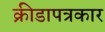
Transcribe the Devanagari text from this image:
क्रीडापत्रकार